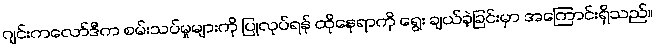
ဂျင်းကလော်ဒီက စမ်းသပ်မှုများကို ပြုလုပ်ရန် ထိုနေရာကို ရွေး ချယ်ခဲ့ခြင်းမှာ အကြောင်းရှိသည်။